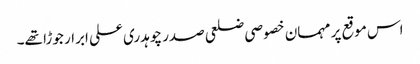
اس موقع پر مہمان خصوصی ضلعی صدر چوہدری علی ابرار جوڑا تھے۔